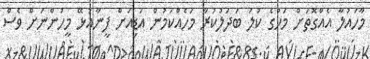
މާހައުލާ އެއްގޮތަށް މަހުގެ ކުލަ ބަދަލުކުރާ މަހެއްކަމުން އަޑިއަށް ފީނާއުޅޭ މީހުންނަށް ވެސް